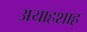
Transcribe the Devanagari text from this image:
अयाहशाह